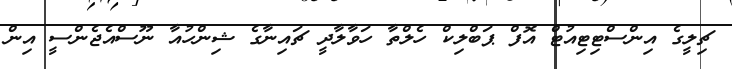
ޗިލީގެ އިންސްޓިޓިއުޓް އޮފް ޕަބްލިކް ހެލްތާ ހަވާލާދީ ޗައިނާގެ ޝިންހުއާ ނޫސްއެޖެންސީ އިން